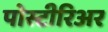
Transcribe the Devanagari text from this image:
पोस्टीरिअर